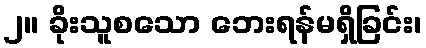
၂။ ခိုးသူစသော ဘေးရန်မရှိခြင်း၊